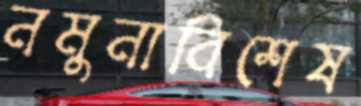
নমুনাবিশেষ